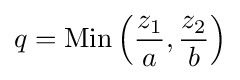
q={\text{Min}}\left({\frac {z_{1}}{a}},{\frac {z_{2}}{b}}\right)